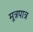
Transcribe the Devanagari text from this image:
मूत्रपात्र